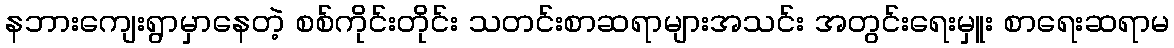
နဘားကျေးရွာမှာနေတဲ့ စစ်ကိုင်းတိုင်း သတင်းစာဆရာများအသင်း အတွင်းရေးမှူး စာရေးဆရာမ